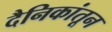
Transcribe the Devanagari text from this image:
दैनिकांतून